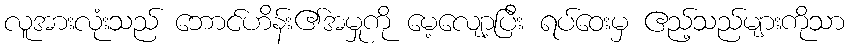
လူအားလုံးသည် ဘောင်ဟိန်း၏အမှုကို မေ့လျော့ပြီး ရပ်ဝေးမှ ဧည့်သည်များကိုသာ